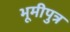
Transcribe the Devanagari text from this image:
भूमीपुत्र